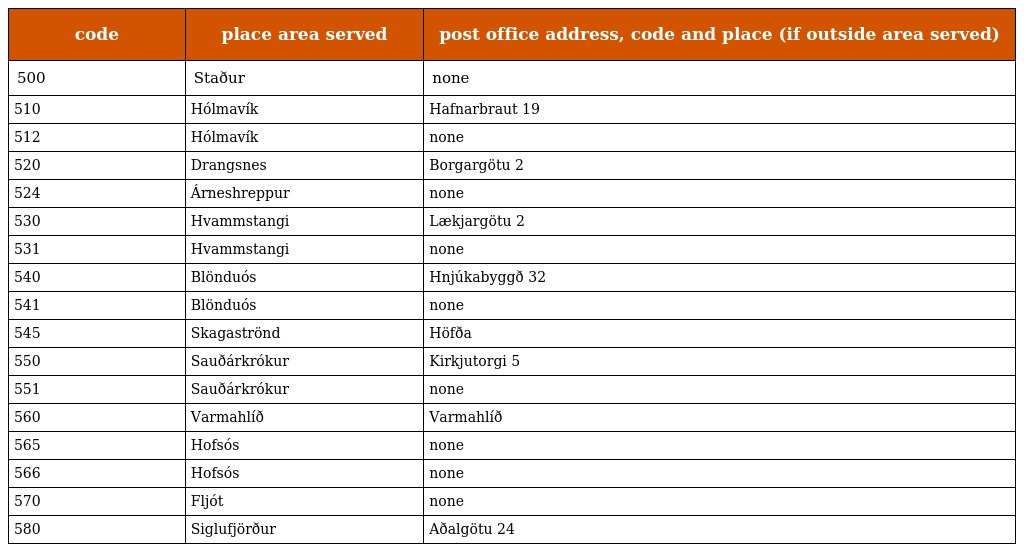
| code | place area served | post office address, code and place (if outside area served) |
 | --- | --- | --- |
 | 500 | Staður | none |
 | 510 | Hólmavík | Hafnarbraut 19 |
 | 512 | Hólmavík | none |
 | 520 | Drangsnes | Borgargötu 2 |
 | 524 | Árneshreppur | none |
 | 530 | Hvammstangi | Lækjargötu 2 |
 | 531 | Hvammstangi | none |
 | 540 | Blönduós | Hnjúkabyggð 32 |
 | 541 | Blönduós | none |
 | 545 | Skagaströnd | Höfða |
 | 550 | Sauðárkrókur | Kirkjutorgi 5 |
 | 551 | Sauðárkrókur | none |
 | 560 | Varmahlíð | Varmahlíð |
 | 565 | Hofsós | none |
 | 566 | Hofsós | none |
 | 570 | Fljót | none |
 | 580 | Siglufjörður | Aðalgötu 24 |